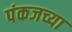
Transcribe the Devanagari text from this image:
पंकजच्या